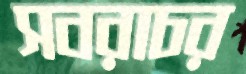
সবরাচর